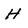
Character: H